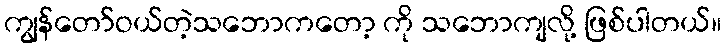
ကျွန်တော်ဝယ်တဲ့သဘောကတော့ ကို သဘောကျလို့ ဖြစ်ပါတယ်။